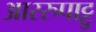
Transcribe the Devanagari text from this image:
आररुपाट्टु